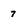
Character: 7